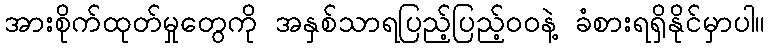
အားစိုက်ထုတ်မှုတွေကို အနှစ်သာရပြည့်ပြည့်ဝဝနဲ့ ခံစားရရှိနိုင်မှာပါ။